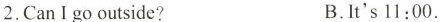
2.Can I go outside? B.It's 11:00.